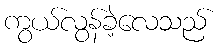
ကွယ်လွန်ခဲ့လေသည်